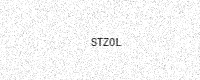
Text: STZ0L